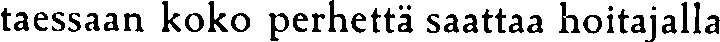
taessaan koko perhettä saattaa hoitajalla